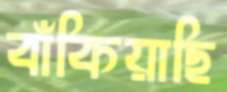
বাঁকিয়াছি